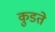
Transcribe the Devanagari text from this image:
कुडते